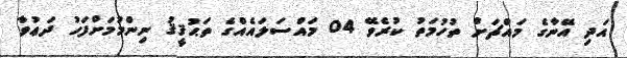
އަދި އޭނާގެ މައްޗަށް ތުހުމަތު ކުރެވޭ 04 މައްސަލައެއްގެ ތަޙުޤީޤު ނިންމުމަށްފަހު ދަޢުވާ